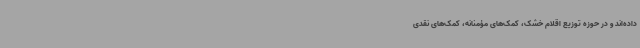
داده‌اند و در حوزه توزیع اقلام خشک، کمک‌های مؤمنانه، کمک‌های نقدی